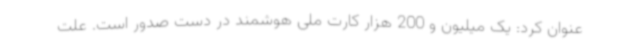
عنوان کرد: یک میلیون و 200 هزار کارت ملی هوشمند در دست صدور است. علت